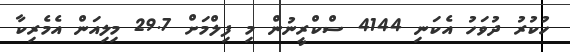
ހުކުރު ދުވަހު އެކަނި 4144 ސްކްރީނުން މި ފިލްމަށް 29.7 މިލިއަން އެމެރިކާ